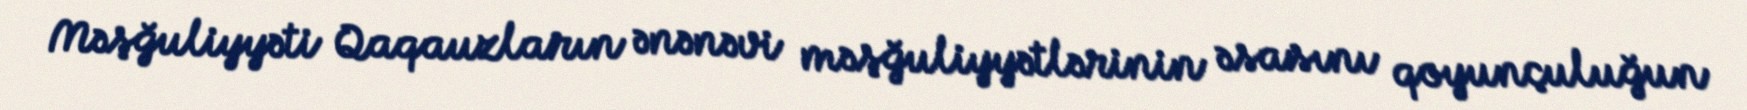
Məşğuliyyəti Qaqauzların ənənəvi məşğuliyyətlərinin əsasını qoyunçuluğun